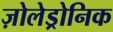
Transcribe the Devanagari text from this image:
ज़ोलेड्रोनिक